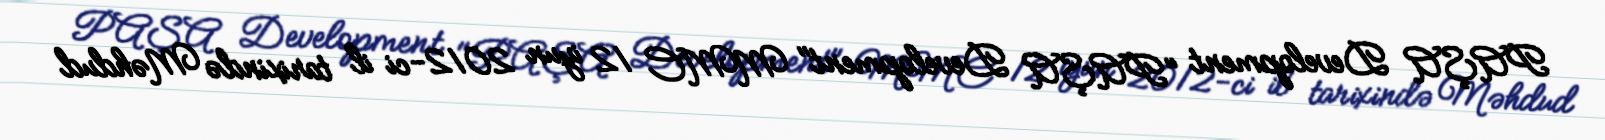
PAŞA Development "PAŞA Development" MMC 12 iyun 2012-ci il tarixində Məhdud